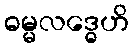
ဓမ္မလဒ္ဓေဟိ